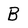
Character: B